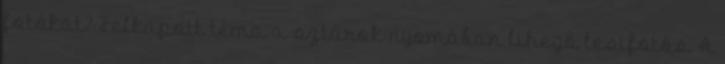
fotókat? Felkapott téma a sztárok nyomában lihegő lesifotós. A